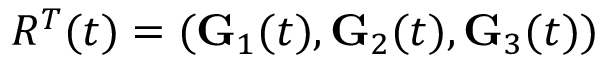
R ^ { T } ( t ) = ( { \bf G } _ { 1 } ( t ) , { \bf G } _ { 2 } ( t ) , { \bf G } _ { 3 } ( t ) )